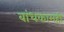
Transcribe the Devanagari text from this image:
बांधकामही